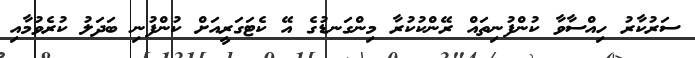
ސަރުކާރު ހިއްސާވާ ކުންފުނިތައް ރޭންކުކުރާ މިންގަނޑުގެ އޭ ކެޓަގަރީއަށް ކުންފުނި ބަދަލު ކުރެވުމާއި